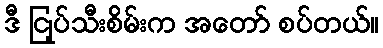
ဒီ ငြုပ်သီးစိမ်းက အတော် စပ်တယ်။